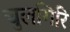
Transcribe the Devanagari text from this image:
चुलगिरि